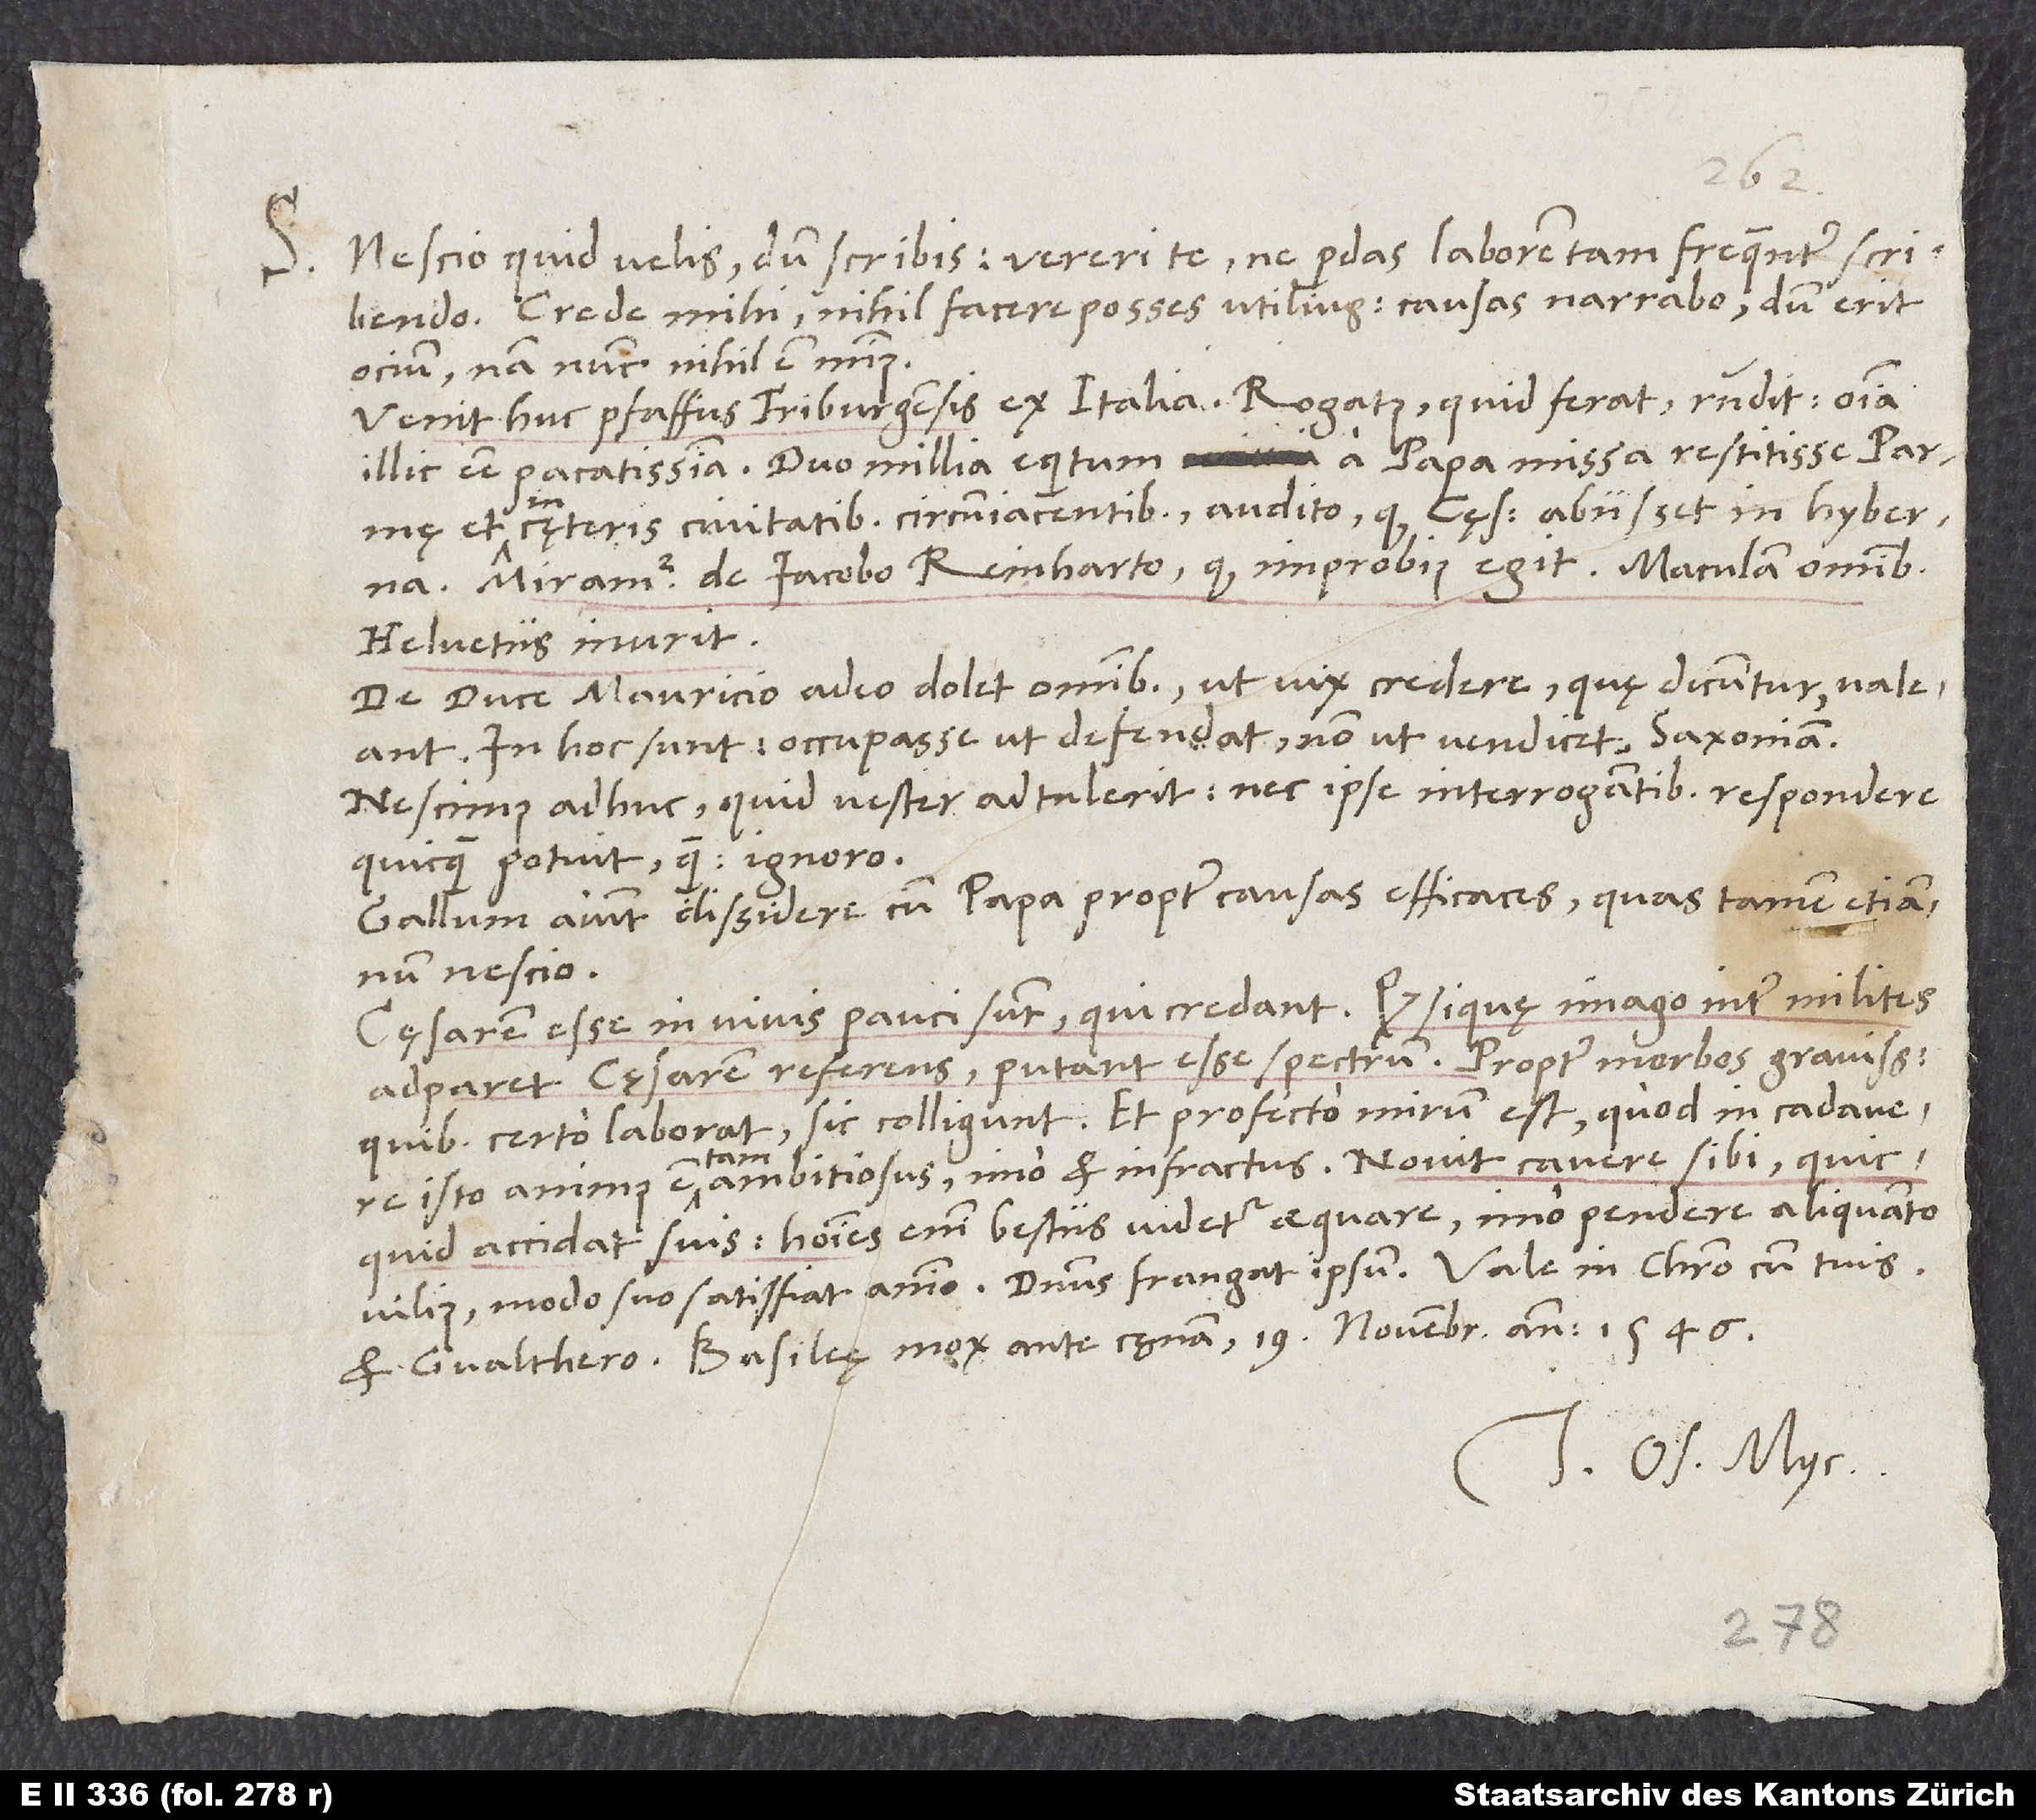
S. Nescio, quid velis, dum scribis vereri te, ne perdas laborem tam frequenter scribendo.
Crede mihi, nihil facere posses utilius. Causas narrabo, dum erit
ocium, nam nunc nihil est minus.
Venit huc pfaffus Friburgensis ex Italia. Rogatus, quid ferat, respondit omnia
illic esse pacatissima; duo milia equitum a papa missa restitisse Parmę
cęteris civitatibus circumiacentibus audito, quod cęsar abiisset in hyberna.
Miramur de Iacobo Reinharto, quod improbius egit. Maculam omnibus
Helvetiis inurit.
De duce Mauricio adeo dolet omnibus, ut vix credere, quę dicuntur, valeant.
In hoc sunt: occupasse, ut defendat, non ut vendicet, Saxoniam.
Nescimus adhuc, quid vester adtulerit. Nec ipse interrogantibus respondere
quicquam potuit quam „ignoro.“
Gallum aiunt dissidere cum papa propter causas efficaces, quas tamen etiamnum
nescio.
Cęsarem esse in vivis pauci sunt, qui credant, quod, si quę imago inter milites
adparet cęsarem referens, putant esse spectrum. Propter morbos gravissimos,
quibus certo laborat, sic colligunt. Et profecto mirum est, quod in cadavere
isto animus est tam ambitiosus, imo et infractus. Novit cavere sibi, quicquid
accidat suis. Homines enim bestiis videtur aequare, imo pendere aliquanto
et Gvalthero. Basileę, mox ante cęnam, 19. novembris anno 1546.
Tuus Os. Myc.